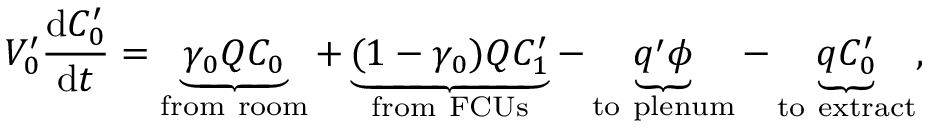
V _ { 0 } ^ { \prime } \frac { \mathrm { d } C _ { 0 } ^ { \prime } } { \mathrm { d } t } = \underbrace { \gamma _ { 0 } Q C _ { 0 } } _ { \mathrm { f r o m \ r o o m } } + \underbrace { ( 1 - \gamma _ { 0 } ) Q C _ { 1 } ^ { \prime } } _ { \mathrm { f r o m \ F C U s } } - \underbrace { q ^ { \prime } \phi } _ { \mathrm { t o \ p l e n u m } } - \underbrace { q C _ { 0 } ^ { \prime } } _ { \mathrm { t o \ e x t r a c t } } ,